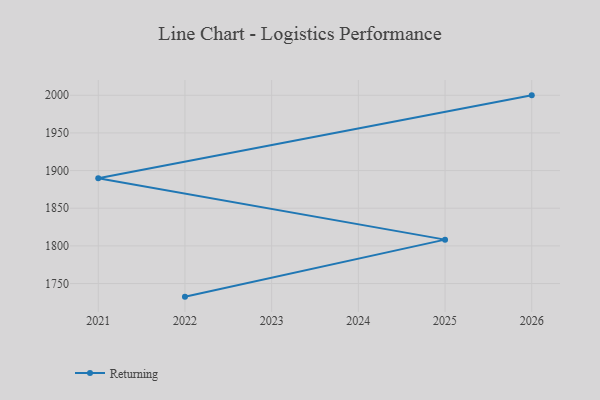
{"axis": {"x": "Year", "y": "Latency (ms)"}, "legend": ["Returning"], "data": [{"x": "2022", "y": 1732.6, "type": "Returning"}, {"x": "2025", "y": 1808.3, "type": "Returning"}, {"x": "2021", "y": 1889.8, "type": "Returning"}, {"x": "2026", "y": 1999.9, "type": "Returning"}]}